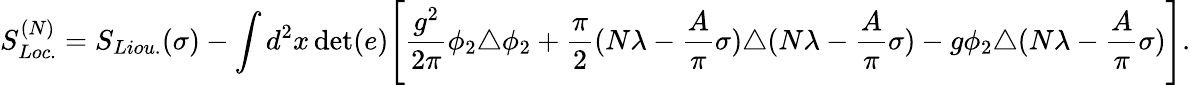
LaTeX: S_{Loc.}^{(N)}=S_{Liou.}(\sigma)-\int d^{2}x\operatorname*{det}(e)\Biggl[{\frac{g^{2}}{2\pi}}\phi_{2}\triangle\phi_{2}+{\frac{\pi}{2}}(N\lambda-{\frac{A}{\pi}}\sigma)\triangle(N\lambda-{\frac{A}{\pi}}\sigma)-g\phi_{2}\triangle(N\lambda-{\frac{A}{\pi}}\sigma)\Biggr].